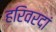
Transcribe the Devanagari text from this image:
हरिवरदां